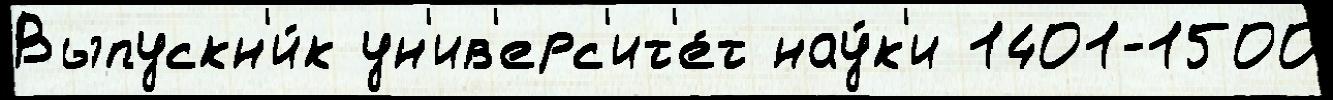
Выпускн'и́к ун'ив'ерс'ит'е́т нау́к'и 1401-1500